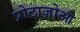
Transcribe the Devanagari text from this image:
प्रोटाज़ोआ